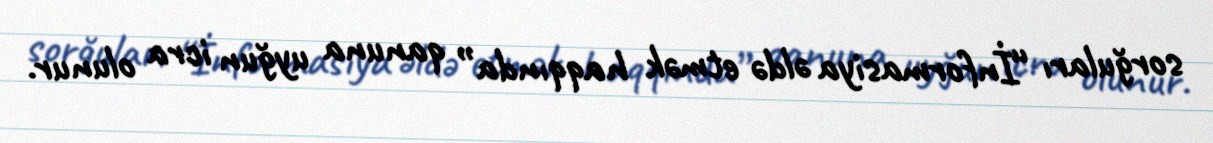
sorğuları “İnformasiya əldə etmək haqqında” qanuna uyğun icra olunur.